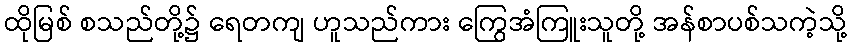
ထိုမြစ် စသည်တို့၌ ရေတကျ ဟူသည်ကား ကြွေအံကြူးသူတို့ အန်စာပစ်သကဲ့သို့